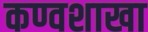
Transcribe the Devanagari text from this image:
कण्वशाखा